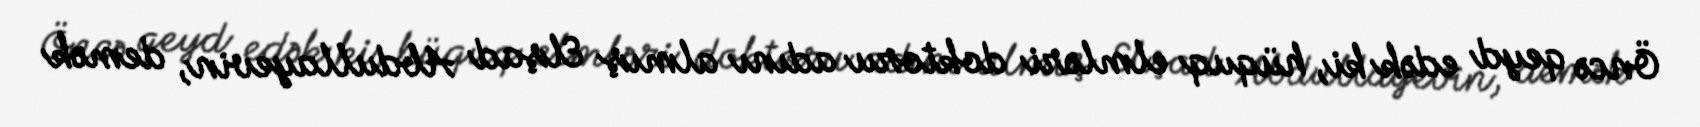
Öncə qeyd edək ki, hüquq elmləri doktoru adını almış Elşad Abdullayevin, demək